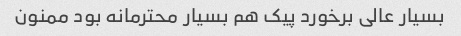
بسیار عالی برخورد پیک هم بسیار محترمانه بود ممنون